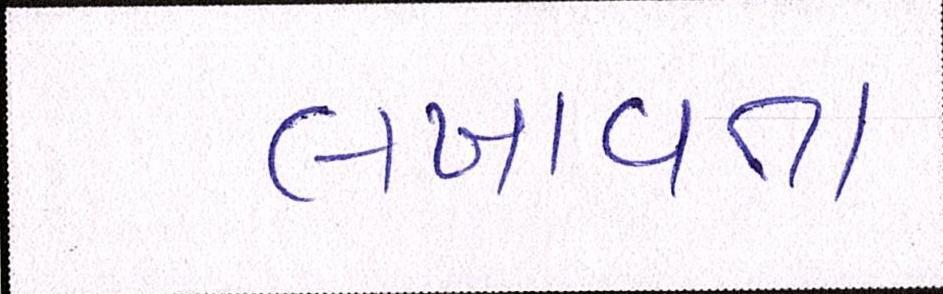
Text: લખાવતા